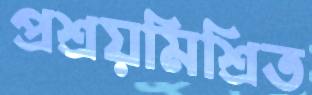
প্রশ্রয়মিশ্রিত